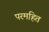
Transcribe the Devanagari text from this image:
परमहित